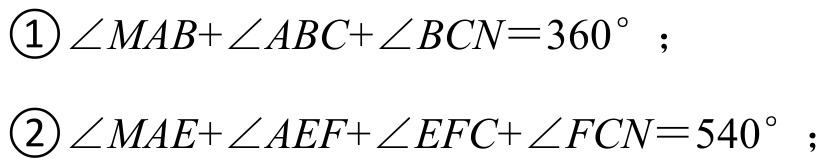
$\begin{cases}\textcircled{1}\angle MAB + \angle ABC+\angle BCN = 360^{\circ};\\\textcircled{2}\angle MAE+\angle AEF+\angle EFC+\angle FCN = 540^{\circ};\end{cases}$